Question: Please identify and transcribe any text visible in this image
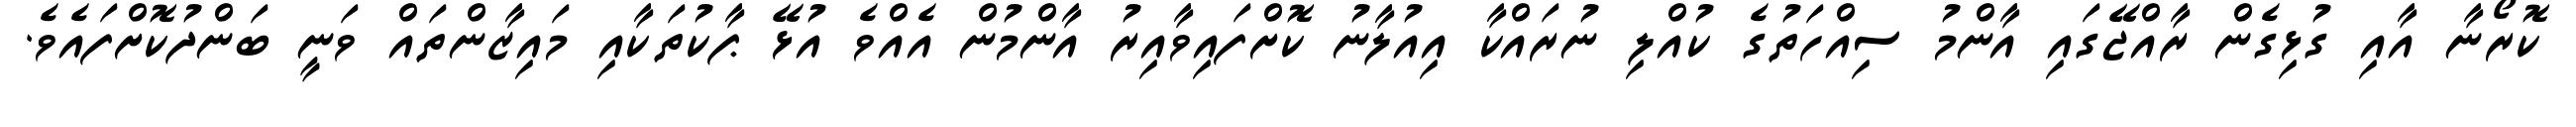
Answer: ކޮރޯނާ އާއި ގުޅިގެން ރާއްޖޭގައި އާންމު ސިއްހަތުގެ ކުއްލި ނުރައްކާ އިއުލާނު ކޮށްފައިވާއިރު އާންމުން އެއްވެ އުޅޭ ޕާކުތަކާއި މައިޒާންތައް ވަނީ ބަންދުކޮށްފައެވެ.